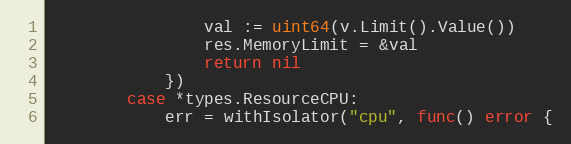
Language: Go
				val := uint64(v.Limit().Value())
				res.MemoryLimit = &val
				return nil
			})
		case *types.ResourceCPU:
			err = withIsolator("cpu", func() error {